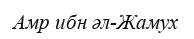
Амр ибн әл-Жамух